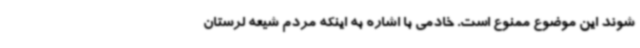
شوند این موضوع ممنوع است. خادمی با اشاره به اینکه مردم شیعه لرستان